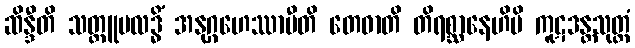
ဆိန္ဒီတိ သတ္တူပလဒ္ဓိံ အနုဂ္ဂဟေဿာမီတိ တေဓာတိ တိရစ္ဆာနေဟိပိ ကူဋဒန္တသုတ္တံ